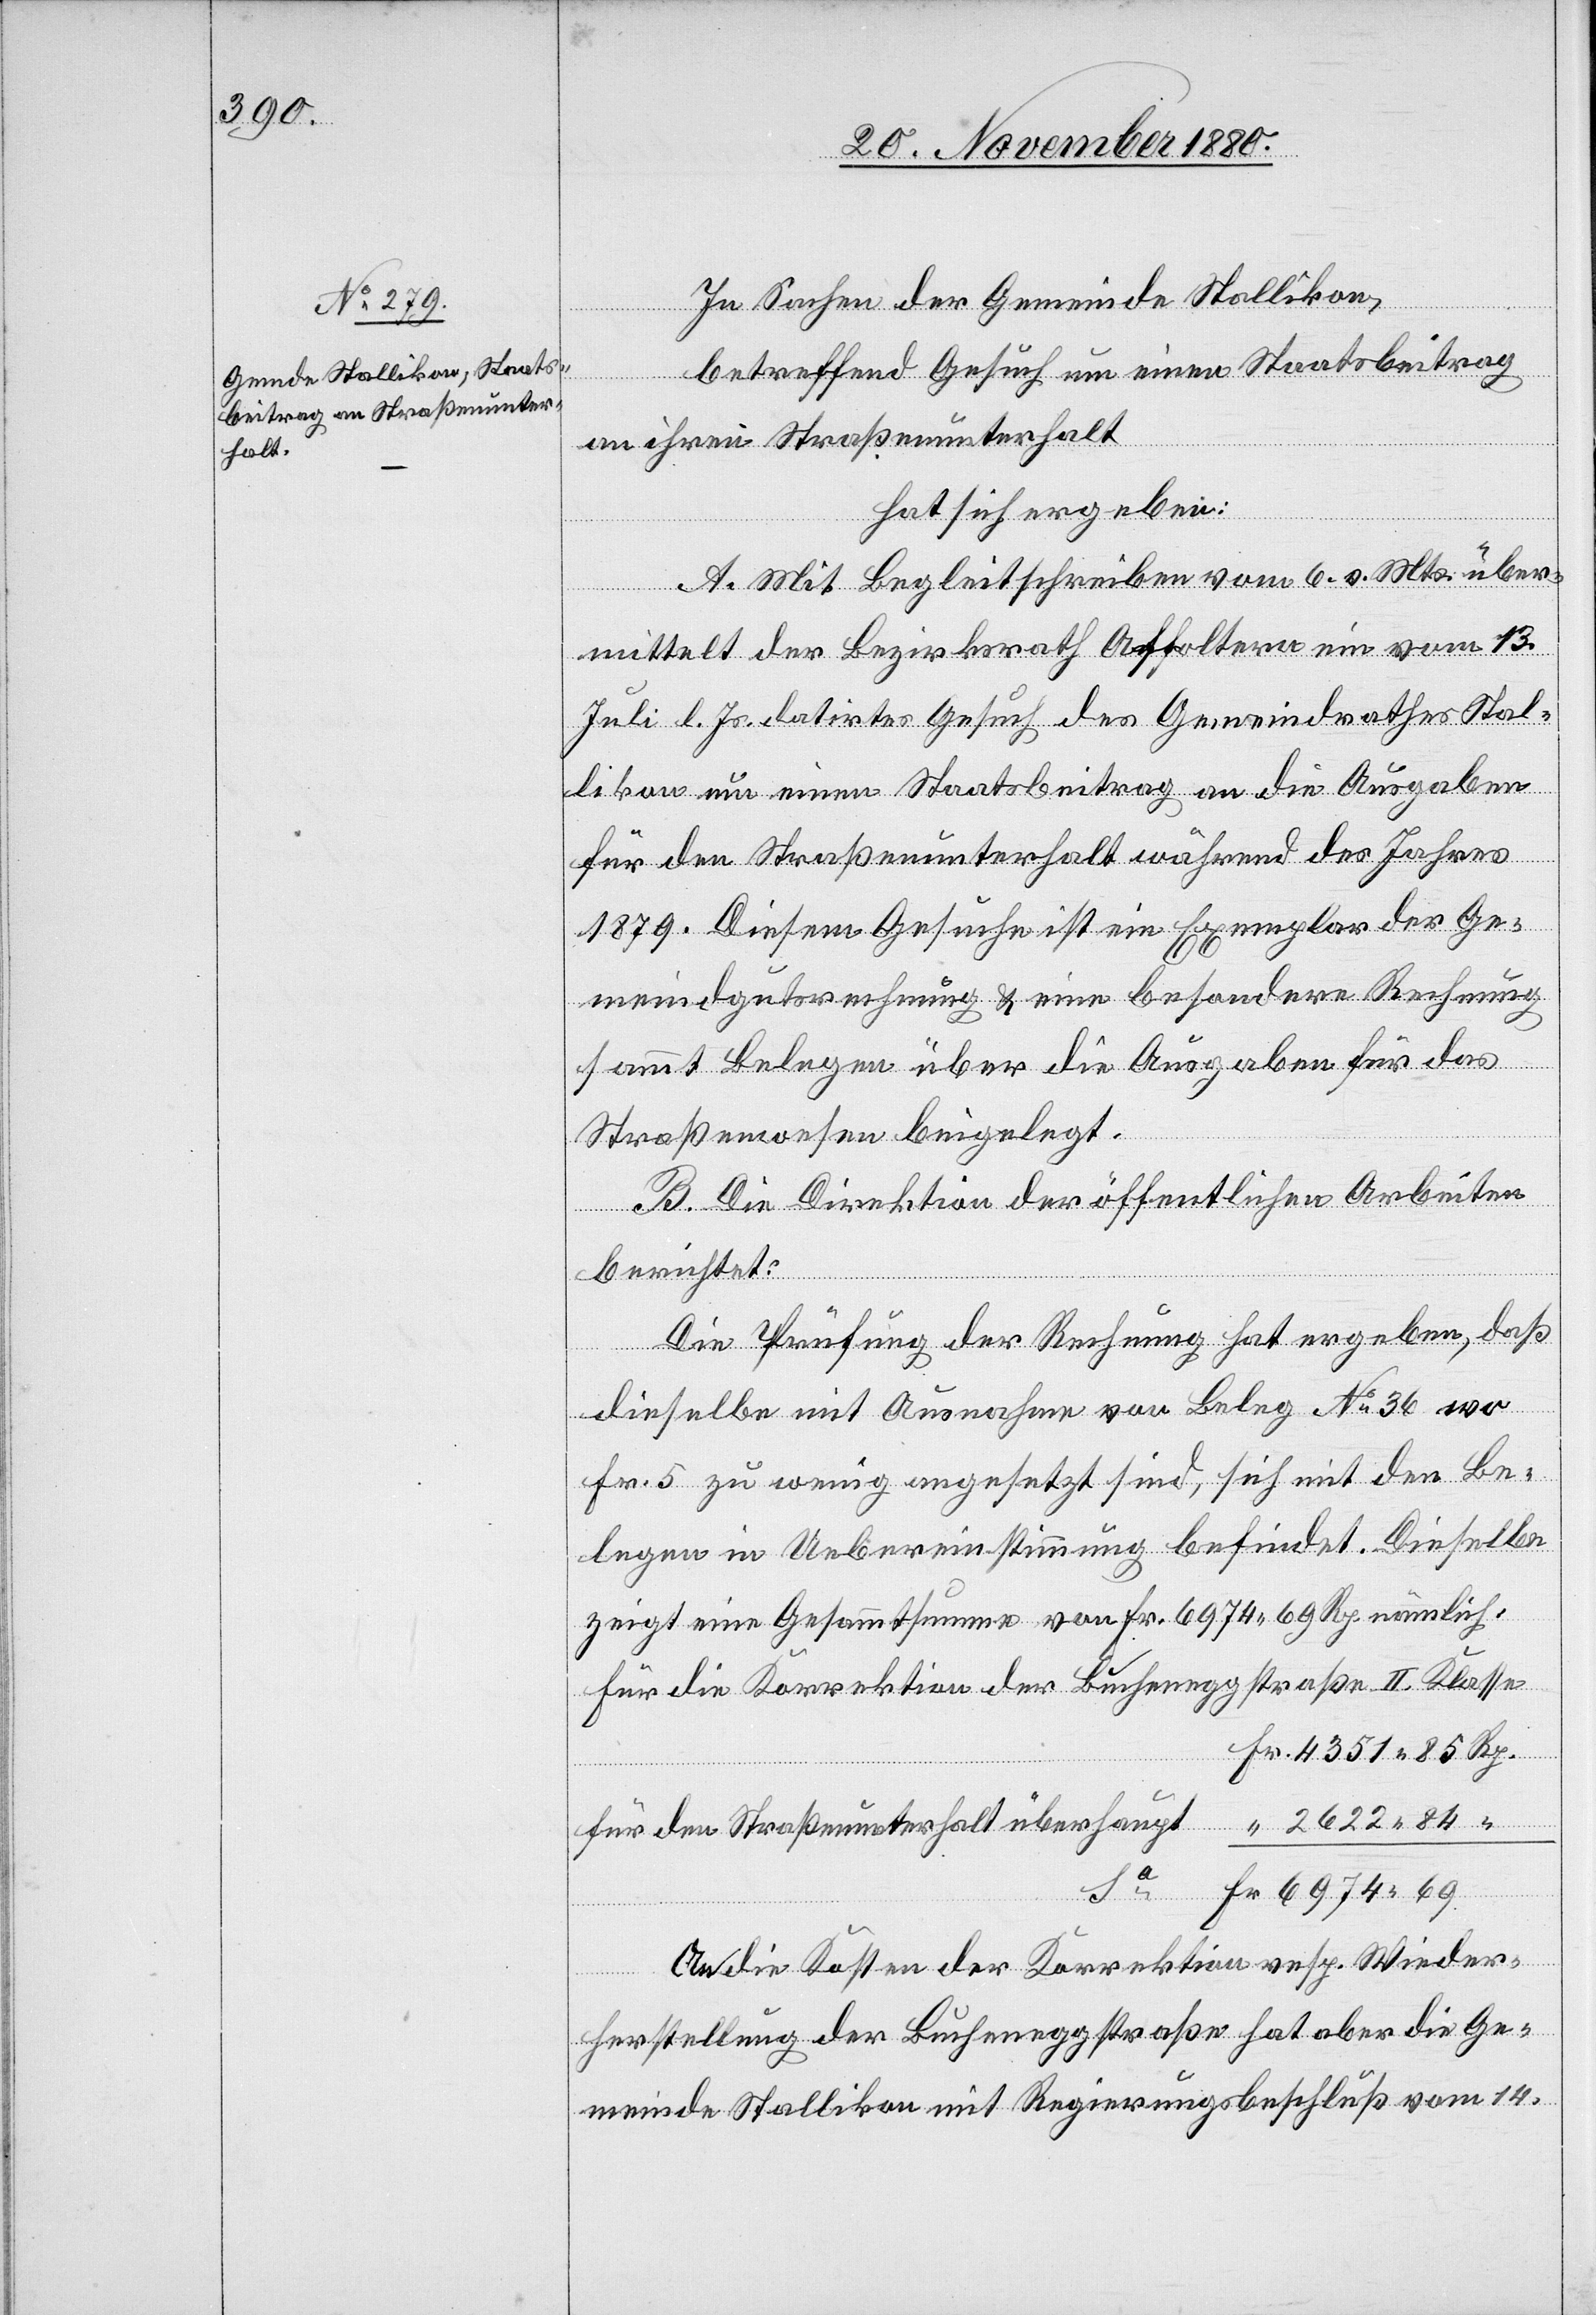
In Sachen der Gemeinde Stallikon,
betreffend Gesuch um einen Staatsbeitrag
an ihren Straßenunterhalt
hat sich ergeben:
A. Mit Begleitschreiben vom 6. v. Mts. über¬
mittelt der Bezirksrath Affoltern ein vom 13.
Juli l. Js. datirtes Gesuch des Gemeindrathes Stal¬
likon um einen Staatsbeitrag an die Ausgaben
für den Straßenunterhalt während des Jahres
1879. Diesem Gesuche ist ein Exemplar der Ge¬
meindgutsrechnung & eine besondere Rechnung
sammt Belegen über die Ausgaben für das
Straßenwesen beigelegt.
B. Die Direktion der öffentlichen Arbeiten
berichtet:
Die Prüfung der Rechnung hat ergeben, daß
dieselbe mit Ausnahme von Beleg No 36 wo
Fr. 5 zu wenig angesetzt sind, sich mit den Be¬
legen in Uebereinstimmung befindet. Dieselbe
zeigt eine Gesammtsumme von Fr. 6974 69 Rp. nämlich:
Für die Korrektion der Bucheneggstraße II. Klasse
Sa
für den Straßenunterhalt überhaupt
Fr.
An die Kosten der Korrektion resp. Wieder¬
herstellung der Bucheneggstraße hat aber die Ge¬
meinde Stallikon mit Regierungsbeschluß vom 14.